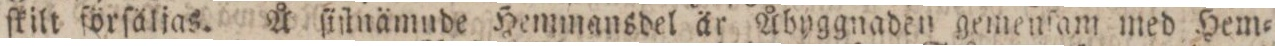
ſkilt förſäljas. Å ſiſtnämude Hemmansdel är Åbyggnaden gemenſam med Hem=